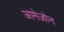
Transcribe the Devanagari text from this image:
आमेज़ोन